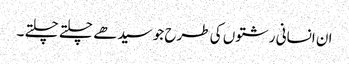
ان انسانی رشتوں کی طرح جو سیدھے چلتے چلتے ۔